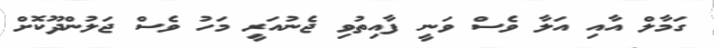
ގަމާލް އާއި އަލާ ވެސް ވަނީ ފާއިތުވި ޖެނުއަރީ މަހު ވެސް ޖަލުންދޫކޮށް